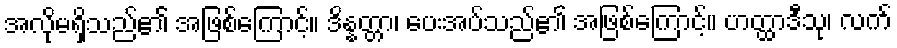
အလိုမရှိသည်၏ အဖြစ်ကြောင့်။ ဒိန္နတ္တာ၊ ပေးအပ်သည်၏ အဖြစ်ကြောင့်။ ဟတ္ထာဒီသု၊ လက်